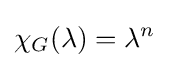
\chi _{G}(\lambda )=\lambda ^{n}